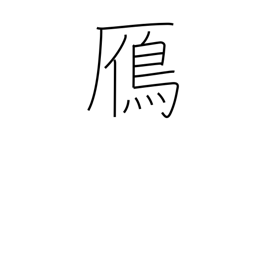
Meaning: wild goose